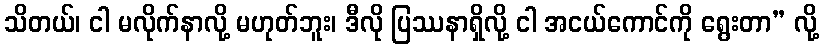
သိတယ်၊ ငါ မလိုက်နာလို့ မဟုတ်ဘူး၊ ဒီလို ပြဿနာရှိလို့ ငါ အငယ်ကောင်ကို ရွေးတာ” လို့